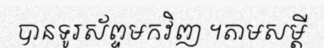
បានទូរស័ព្ទមកវិញ ។តាមសម្តី